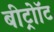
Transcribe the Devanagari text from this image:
बीट्रोॉट